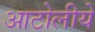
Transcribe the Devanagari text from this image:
आटोलीये